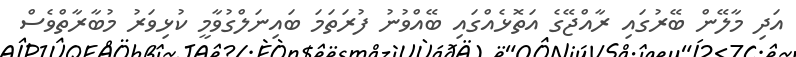
އަދި މާލޭން ބޭރުގައި ރާއްޖޭގެ އަތޮޅެއްގައި ބޭއްވުނު ފުރަތަމަ ބައިނަލްގުވާމީ ކުޅިވަރު މުބާރާތްވެސް